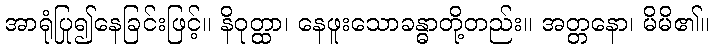
အာရုံပြု၍နေခြင်းဖြင့်။ နိဝုတ္ထာ၊ နေဖူးသောခန္ဓာတို့တည်း။ အတ္တနော၊ မိမိ၏။